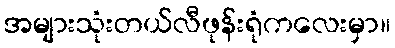
အများသုံးတယ်လီဖုန်းရုံကလေးမှာ။